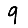
Digit: 9